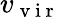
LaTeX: v_{\mathrm{~v~i~r~}}